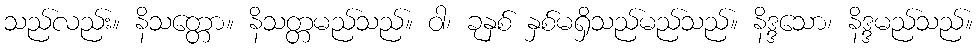
သည်လည်း။ နိသတ္တော။ နိသတ္တမည်သည်။ ဝါ၊ ခုနှစ် နှစ်မရှိသည်မည်သည်။ နိဒ္ဒသော၊ နိဒ္ဒမည်သည်။